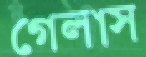
গেলাস